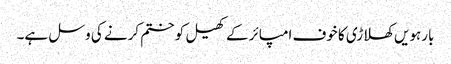
بارہویں کھلاڑی کا خوف امپائر کے کھیل کو ختم کرنے کی وسل ہے۔